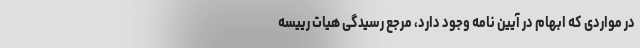
در مواردی که ابهام در آیین نامه وجود دارد، مرجع رسیدگی هیات رییسه